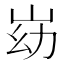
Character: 𰎓